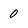
Character: 0